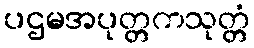
ပဌမအပုတ္တကသုတ္တံ